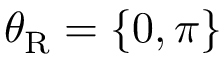
\theta _ { \mathrm { R } } = \left\{ 0 , \pi \right\}